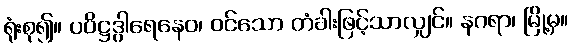
ရုံးစု၍။ ပဝိဋ္ဌဒွါရေနေဝ၊ ဝင်သော တံခါးဖြင့်သာလျှင်။ နဂရာ၊ မြို့မှ။